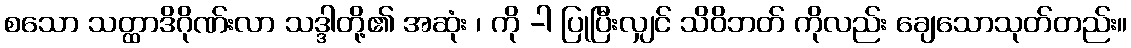
စသော သတ္ထာဒိဂိုဏ်းလာ သဒ္ဒါတို့၏ အဆုံး ၊ ကို -ါ ပြုပြီးလျှင် သိဝိဘတ် ကိုလည်း ချေသောသုတ်တည်း။